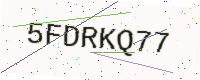
Text: 5FDRKQ77